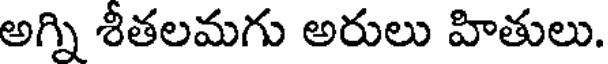
అగ్ని శీతలమగు అరులు హితులు.